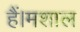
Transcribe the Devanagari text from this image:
हैं।मशाल